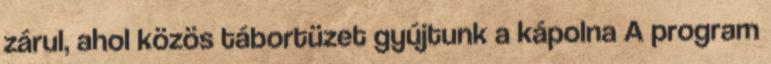
zárul, ahol közös tábortüzet gyújtunk a kápolna A program